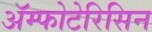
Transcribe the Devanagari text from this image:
ॲम्फोटेरिसिन